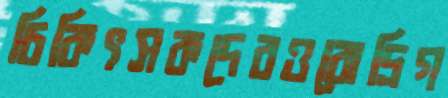
চিকিৎসকদেরওরোদ্রিগ